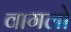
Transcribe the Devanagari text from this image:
वागलो